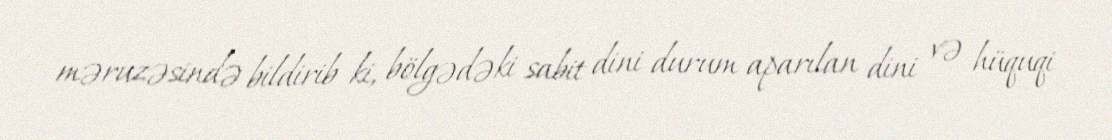
məruzəsində bildirib ki, bölgədəki sabit dini durum aparılan dini və hüquqi